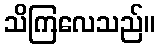
သိကြလေသည်။